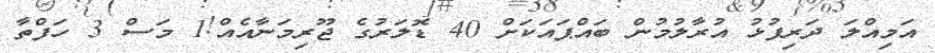
އަމިއްލަ ދަރިފުޅު އުރާލުމުން ބައްޕައަކަށް 40 ޑޮލަރުގެ ޖޫރިމަނާއެއް!1 މަސް 3 ހަފްތާ